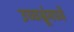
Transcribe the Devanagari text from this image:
उच्चभ्रूंमध्ये